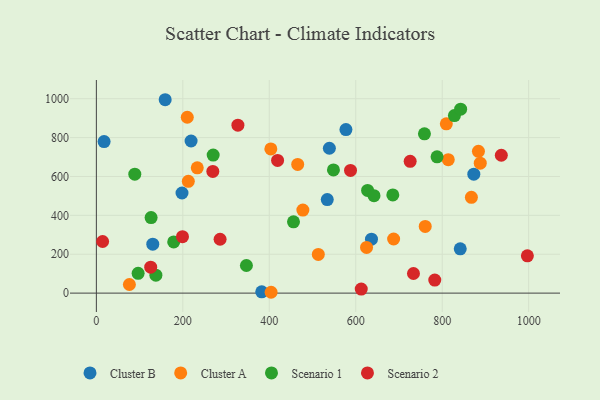
{"axis": {"x": "Study Hours", "y": "Profit"}, "legend": ["Cluster A", "Cluster B", "Scenario 1", "Scenario 2"], "data": [{"x": "841.7", "y": 227.9, "type": "Cluster B"}, {"x": "219.1", "y": 782.6, "type": "Cluster B"}, {"x": "873.1", "y": 612.0, "type": "Cluster B"}, {"x": "577.3", "y": 841.2, "type": "Cluster B"}, {"x": "17.9", "y": 779.5, "type": "Cluster B"}, {"x": "198.1", "y": 515.1, "type": "Cluster B"}, {"x": "636.4", "y": 277.6, "type": "Cluster B"}, {"x": "534.1", "y": 481.2, "type": "Cluster B"}, {"x": "382.5", "y": 6.6, "type": "Cluster B"}, {"x": "539.0", "y": 745.2, "type": "Cluster B"}, {"x": "130.5", "y": 252.0, "type": "Cluster B"}, {"x": "159.2", "y": 994.9, "type": "Cluster B"}, {"x": "404.2", "y": 4.3, "type": "Cluster A"}, {"x": "465.7", "y": 661.8, "type": "Cluster A"}, {"x": "403.6", "y": 741.9, "type": "Cluster A"}, {"x": "888.0", "y": 668.5, "type": "Cluster A"}, {"x": "233.4", "y": 644.7, "type": "Cluster A"}, {"x": "809.5", "y": 870.7, "type": "Cluster A"}, {"x": "814.0", "y": 686.6, "type": "Cluster A"}, {"x": "760.7", "y": 343.1, "type": "Cluster A"}, {"x": "513.4", "y": 198.9, "type": "Cluster A"}, {"x": "212.7", "y": 575.2, "type": "Cluster A"}, {"x": "687.6", "y": 278.3, "type": "Cluster A"}, {"x": "625.0", "y": 235.2, "type": "Cluster A"}, {"x": "210.3", "y": 904.8, "type": "Cluster A"}, {"x": "883.8", "y": 729.3, "type": "Cluster A"}, {"x": "76.4", "y": 44.3, "type": "Cluster A"}, {"x": "477.7", "y": 427.3, "type": "Cluster A"}, {"x": "867.5", "y": 492.7, "type": "Cluster A"}, {"x": "627.4", "y": 528.2, "type": "Scenario 1"}, {"x": "828.2", "y": 913.2, "type": "Scenario 1"}, {"x": "96.6", "y": 101.6, "type": "Scenario 1"}, {"x": "270.2", "y": 710.4, "type": "Scenario 1"}, {"x": "137.7", "y": 92.3, "type": "Scenario 1"}, {"x": "685.7", "y": 505.1, "type": "Scenario 1"}, {"x": "788.1", "y": 701.3, "type": "Scenario 1"}, {"x": "842.6", "y": 946.3, "type": "Scenario 1"}, {"x": "548.4", "y": 633.7, "type": "Scenario 1"}, {"x": "642.2", "y": 501.3, "type": "Scenario 1"}, {"x": "456.0", "y": 366.9, "type": "Scenario 1"}, {"x": "178.9", "y": 263.5, "type": "Scenario 1"}, {"x": "126.6", "y": 388.8, "type": "Scenario 1"}, {"x": "88.9", "y": 612.1, "type": "Scenario 1"}, {"x": "347.1", "y": 142.1, "type": "Scenario 1"}, {"x": "758.9", "y": 819.3, "type": "Scenario 1"}, {"x": "936.7", "y": 709.2, "type": "Scenario 2"}, {"x": "14.5", "y": 265.5, "type": "Scenario 2"}, {"x": "725.9", "y": 677.8, "type": "Scenario 2"}, {"x": "782.8", "y": 67.1, "type": "Scenario 2"}, {"x": "997.0", "y": 191.6, "type": "Scenario 2"}, {"x": "419.2", "y": 682.5, "type": "Scenario 2"}, {"x": "587.9", "y": 631.3, "type": "Scenario 2"}, {"x": "269.4", "y": 626.0, "type": "Scenario 2"}, {"x": "125.7", "y": 133.6, "type": "Scenario 2"}, {"x": "612.7", "y": 20.7, "type": "Scenario 2"}, {"x": "286.2", "y": 277.1, "type": "Scenario 2"}, {"x": "327.4", "y": 863.8, "type": "Scenario 2"}, {"x": "199.2", "y": 290.4, "type": "Scenario 2"}, {"x": "733.5", "y": 101.0, "type": "Scenario 2"}]}